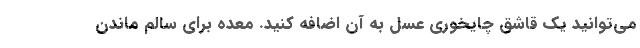
می‌توانید یک قاشق چایخوری عسل به آن اضافه کنید. معده برای سالم ماندن